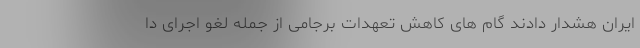
ایران هشدار دادند گام های کاهش تعهدات برجامی از جمله لغو اجرای دا